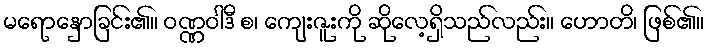
မရောနှောခြင်း၏။ ဝဏ္ဏဝါဒီ စ၊ ကျေးဇူးကို ဆိုလေ့ရှိသည်လည်း။ ဟောတိ၊ ဖြစ်၏။